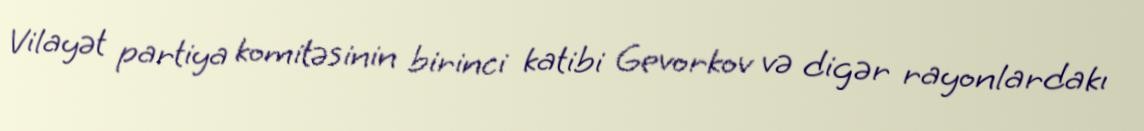
Vilayət partiya komitəsinin birinci katibi Gevorkov və digər rayonlardakı